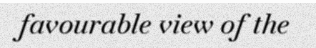
favourable view of the